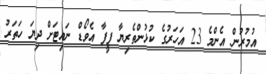
އުމުރުން އެންމެ 23 އަހަރުގެ ކުޅުންތެރިޔާ ފީފާ އެވޯޑް ނައިޓަށް ދިޔަ ހަތަރު